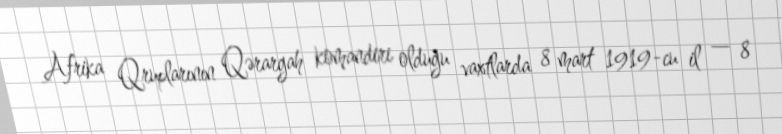
Afrika Qruplarının Qərargah komandiri olduğu vaxtlarda 8 mart 1919-cu il — 8